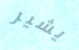
يشير